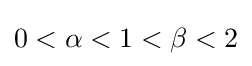
0<\alpha <1<\beta <2